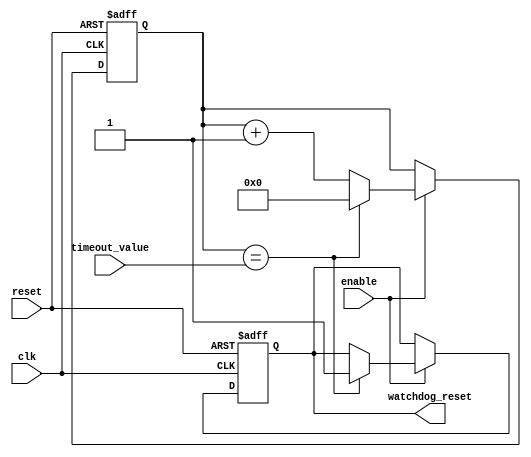
module watchdog_timer (
  input wire clk,
  input wire reset,
  input wire enable,
  input wire [7:0] timeout_value,
  output reg watchdog_reset
);

reg [7:0] counter;

always @ (posedge clk or posedge reset) begin
  if (reset) begin
    counter <= 8'd0;
    watchdog_reset <= 1'b0;
  end else if (enable) begin
    if (counter == timeout_value) begin
      watchdog_reset <= 1'b1;
      counter <= 8'd0;
    end else begin
      counter <= counter + 1;
    end
  end
end

endmodule